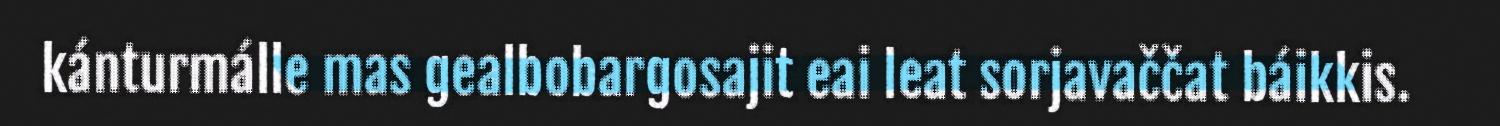
kánturmálle mas gealbobargosajit eai leat sorjavaččat báikkis.